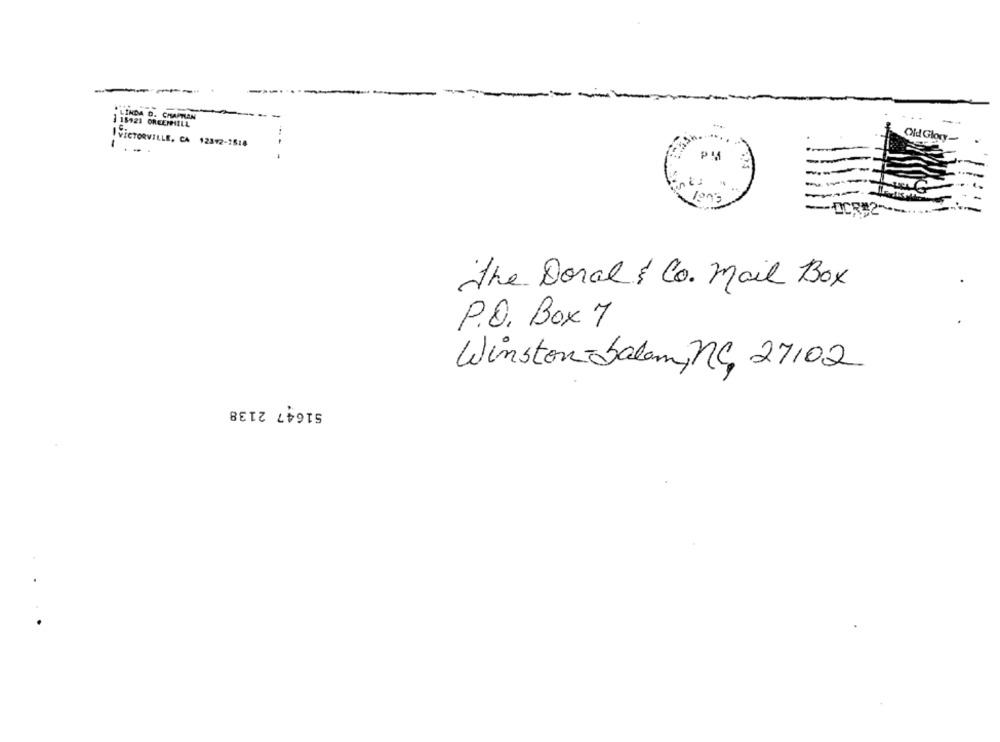
-
LINDA D. CHAPMAN
115921 ORCEMIILL
Old Glory.
IVECTORVILLE, CA 12392-2514
PM
the Doral & Co. Mail Box
P.O. Box 7
Winston-Salam, NG 27102
51647 2138